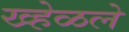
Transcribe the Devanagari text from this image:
ख्हेळले